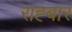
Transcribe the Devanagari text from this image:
राह्बार